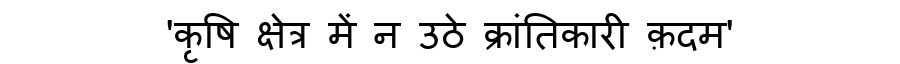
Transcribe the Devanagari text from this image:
'कृषि क्षेत्र में न उठे क्रांतिकारी क़दम'